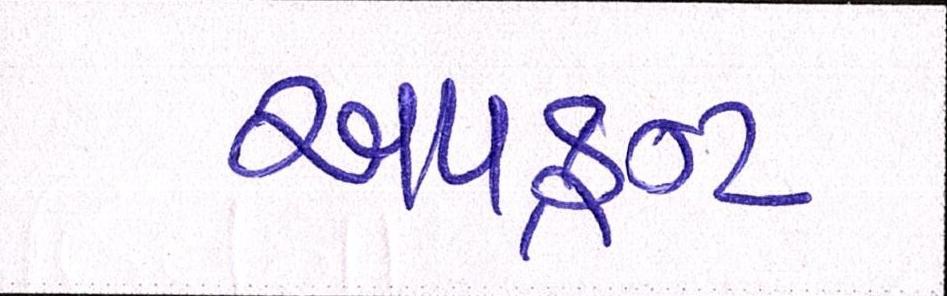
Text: અપફ્રન્ટ